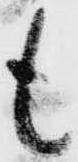
も